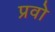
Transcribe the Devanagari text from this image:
प्रवो